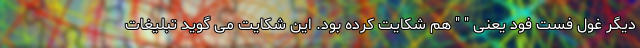
دیگر غول فست فود یعنی " " هم شکایت کرده بود. این شکایت می گوید تبلیغات